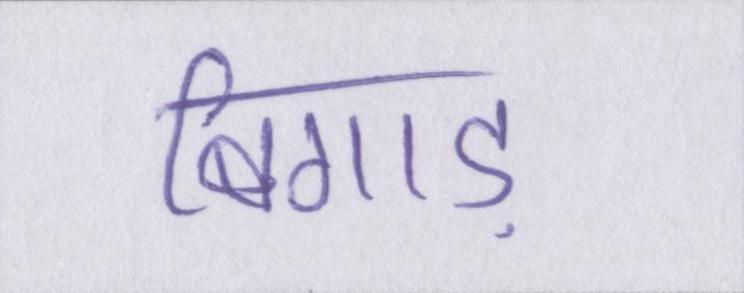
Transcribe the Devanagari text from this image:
बिगाड़